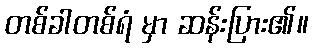
တစ်ခါတစ်ရံ မှာ ဆန်းပြား၏။